Lunatic asylums Central Provinces reports 1874-1885 - 1874-1885
Year: 1874
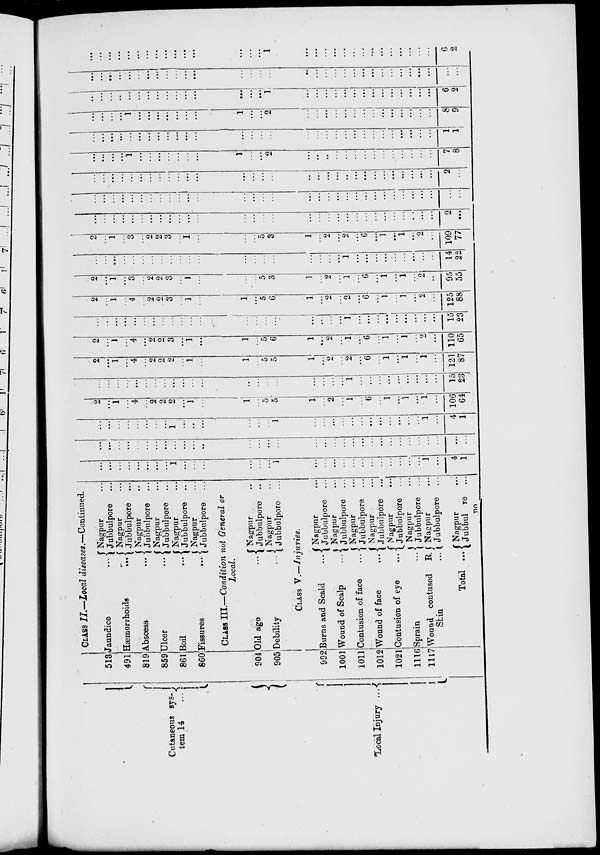
Cutaneous sys-
tem 14
…
Local Injury
...
513
491
819
859
861
860
904
905
992
1001
1011
1012
1021
1116
1117
CLASS II.—Local diseases.—Continued.
Jaundice …
Hæmorrhoids
...
Abscess …
Ulcer
...
Boil
...
Fissures
...
Nagpur …
Jubbulpore …
Nagpur …
Jubbulpore …
Nagpur …
Jubbulpore …
Nagpur …
Jubbulpore …
Nagpur …
Jubbulpore …
Nagpur …
Jubbulpore …
CLASS III.—Condition not General or
Local.
Old age
...
Debility
...
Nagpur …
Jubbulpore …
Nagpur …
Jubbulpore …
CLASS V.—Injuries.
Burns and Scald
...
Wound of Scalp
...
Contusion of face …
Wound of face
...
Contusion of eye
...
Sprain
...
Wound contused
R.
Shin
...
Total ...
Nagpur …
Jubbulpore …
Nagpur …
Jubbulpore …
Nagpur …
Jubbulpore …
Nagpur …
Jubbulpore …
Nagpur
...
Jubbulpore …
Nagpur …
Jubbulpore …
Nagpur …
Jubbulpore ...
Nagpur …
Jubbulpore …
Do.
...
...
...
…
...
...
...
…
1
...
...
...
…
…
...
1
...
…
...
...
…
…
...
…
…
...
...
...
1
...
4
1
...
...
…
...
…
…
…
...
…
…
...
...
...
…
...
…
…
…
…
...
...
...
...
...
…
...
…
…
...
…
...
...
…
...
…
…
…
…
…
...
1
...
...
...
…
…
…
1
...
…
...
…
...
…
...
...
…
...
...
...
1
...
4
1
2
...
1
…
4
…
2
2
2
...
1
…
1
…
5
5
1
…
2
...
1
…
6
...
1
...
1
...
1
...
106
64
…
…
…
…
...
…
…
…
...
...
…
...
...
...
…
…
...
...
…
...
1
…
...
...
…
...
...
...
...
...
15
23
2
...
1
…
4
…
2
2
2
…
1
…
1
…
5
5
1
...
2
...
2
...
6
…
1
...
1
...
1
...
121
87
2
...
1
...
4
...
2
2
3
...
1
...
1
...
5
6
1
...
2
...
1
...
6
...
1
...
1
…
2
...
110
65
...
…
...
...
...
...
...
…
…
…
...
…
…
...
…
...
...
...
…
...
1
...
...
...
...
...
...
...
...
...
15
23
2
…
1
...
4
…
2
2
3
...
1
…
1
…
5
6
1
...
2
...
2
...
6
...
1
…
1
...
2
...
125
88
2
...
1
…
3
…
2
2
3
…
1
...
…
…
5
3
1
…
2
…
1
...
6
...
1
...
1
...
2
...
95
55
…
...
...
…
…
…
…
…
…
…
…
…
...
…
…
…
...
…
...
...
1
...
...
...
...
...
...
...
…
...
14
22
2
…
1
…
3
…
2
2
3
…
1
...
...
…
5
3
1
…
2
...
2
...
6
...
1
...
1
...
2
...
109
77
...
…
...
...
…
…
...
...
...
...
...
…
…
…
…
…
...
…
…
...
...
…
…
…
…
…
...
...
...
...
2
...
…
...
…
...
...
...
…
…
…
…
...
...
…
...
…
…
…
…
…
…
…
…
…
…
…
…
…
…
…
…
…
…
…
…
...
…
...
...
...
…
…
…
...
...
...
...
...
…
...
...
...
...
...
...
...
...
…
...
...
...
...
...
2
…
...
...
...
...
1
...
...
...
…
...
...
...
1
…
...
2
...
...
...
...
…
…
…
...
…
…
...
...
...
...
7
8
…
...
...
...
…
...
...
...
...
...
...
...
...
...
…
…
…
…
…
…
…
...
…
.. .
…
...
...
...
...
...
1
1
…
...
…
...
1
...
...
...
...
...
...
...
1
...
...
2
...
…
...
...
...
...
...
...
…
...
...
...
...
...
8
9
…
...
…
...
...
...
…
...
…
...
...
…
...
…
...
1
...
...
...
...
...
...
...
...
…
...
...
…
...
...
6
2
...
...
...
...
...
…
...
...
…
...
...
...
…
...
…
…
...
…
…
...
...
...
...
...
…
...
...
...
...
…
…
...
...
...
...
...
...
...
...
...
...
...
...
...
...
…
...
1
...
...
...
...
...
...
...
...
…
...
...
...
...
...
6
2